Punjab Mental Hospital Lahore 1922-31 - 1922-1931
Year: 1922
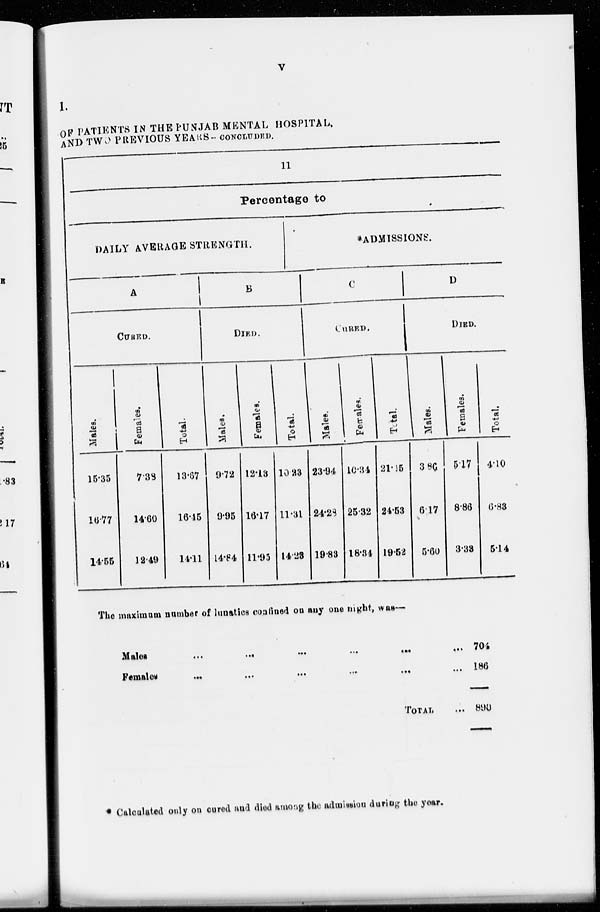
v
I.
OF PATIENTS IN THE PUNJAB MENTAL HOSPITAL,
AND TWO PREVIOUS YEARS- CONCLUDED.
11
Percentage to
DAILY AVERAGE STRENGTH.
A
CURED.
Males.
15.35
16.77
14.55
Females.
7.38
14.60
12.49
Total.
13.67
16.45
14.11
B
DIED.
Males.
9.72
9.95
14.84
Females.
12.13
16.17
11.95
Total.
10.23
11.31
14.23
*ADMISSIONS.
C
CURED.
Males.
23.94
24.28
19.83
Females.
10.34
25.32
18.34
Total.
21.15
24.53
19.52
D
DIED.
Males.
3.80
6.17
5.60
Females.
5.17
8.86
3.38
Total.
4.10
6.83
5.14
The maximum number of lunatics confined on any one night, was—
Males ... ... ... ... ...
Females ... ... ... ... ...
TOTAL ...
704
186
890
* Calculated only on cured and died among the admission during the year.